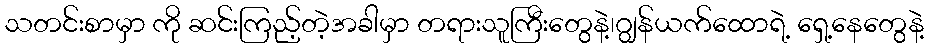
သတင်းစာမှာ ကို ဆင်းကြည့်တဲ့အခါမှာ တရားသူကြီးတွေနဲ့၊ဂျွန်ယက်ထောရဲ့ ရှေ့နေတွေနဲ့